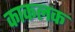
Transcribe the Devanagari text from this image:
काकलक